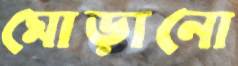
মোড়ানো